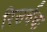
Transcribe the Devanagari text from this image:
रिसर्चचा